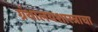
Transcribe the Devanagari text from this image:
ग्रंथालयशास्त्राचा